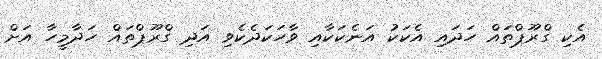
އެކި ގްރޫޕްތައް ހަދައި އެކަކު އަނެކަކާއި ވާހަކަދެކެވި އަދި ގްރޫޕްތައް ހަދާމީހާ އަށް